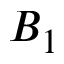
B _ { 1 }